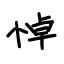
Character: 悼